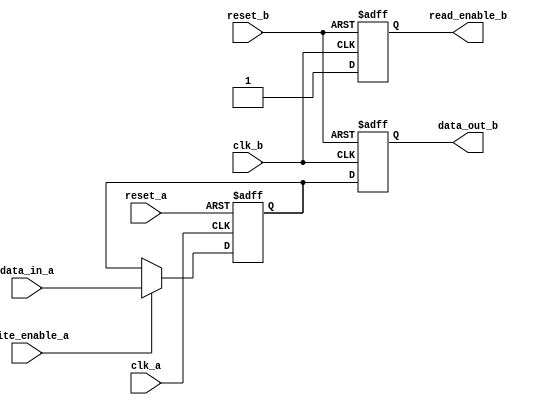
module variable_width_bypass_reg (
    input wire clk_a,
    input wire reset_a,
    input wire [DATA_WIDTH-1:0] data_in_a,
    input wire write_enable_a,
    
    input wire clk_b,
    input wire reset_b,
    output reg [DATA_WIDTH-1:0] data_out_b,
    output reg read_enable_b
);

parameter DATA_WIDTH = 8;

reg [DATA_WIDTH-1:0] storage_reg;

always @(posedge clk_a or posedge reset_a) begin
    if (reset_a) begin
        storage_reg <= 0;
    end else if (write_enable_a) begin
        storage_reg <= data_in_a;
    end
end

always @(posedge clk_b or posedge reset_b) begin
    if (reset_b) begin
        read_enable_b <= 0;
        data_out_b <= 0;
    end else begin
        read_enable_b <= 1;
        data_out_b <= storage_reg;
    end
end

endmodule